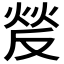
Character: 𰞵